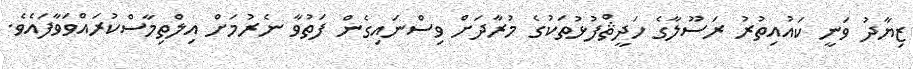
ޒިޔާދު ވަނީ ކައުއިތުރު ރަސޫލާގެ ހަދީޘްފުޅުތަކުގެ މުރާދަށް ވިސްނައިގެން ފަތުވާ ނެރުމަށް އިލްތިމާސްކުރައްވަވާފައެވެ.